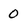
Character: 0